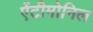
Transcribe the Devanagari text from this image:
ऐंटीमोनिल